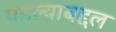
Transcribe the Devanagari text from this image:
पडल्याबद्दल